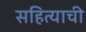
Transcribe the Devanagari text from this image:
सहित्याची